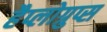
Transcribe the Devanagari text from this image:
हैप्लोग्रुप्स